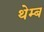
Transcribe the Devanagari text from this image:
थेम्ब